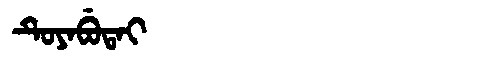
Manchu: ᡨᡠᠶᠠᠪᡠᡨᠠᡳ
Romanization: TUYABUTAI